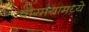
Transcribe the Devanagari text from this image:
वाग्मयामध्ये